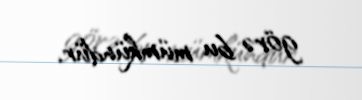
görə bu mümkündür.